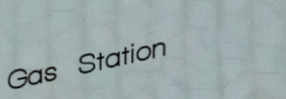
Gas Station